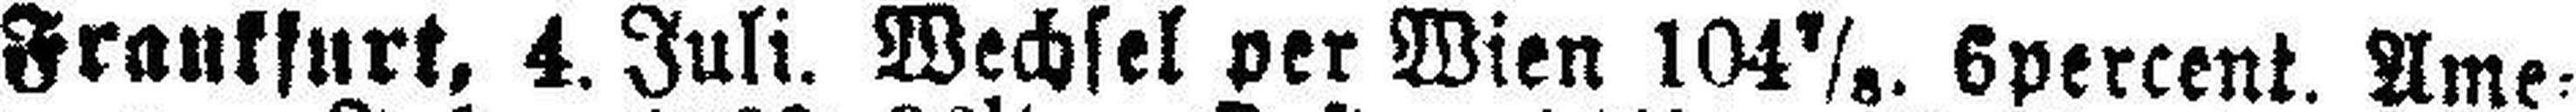
Frankfurt, 4. Juli. Wechsel per Wien 104 7/8. 6percent. Ame¬